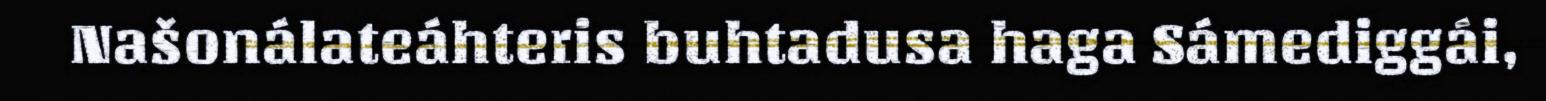
Našonálateáhteris buhtadusa haga Sámediggái,